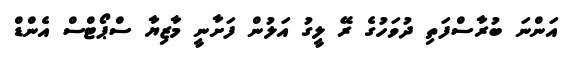
އަންނަ ބުރާސްފަތި ދުވަހުގެ ރޭ ލީގު އަލުން ފަށާނީ މާޒިޔާ ސްޕޯޓްސް އެންޑް